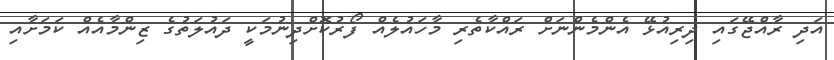
އަދި ރާއްޖޭގައި ދިރިއުޅޭ އެންމެންނަށް ރައްކާތެރި މާހައުލެއް ފޯރުކޮށްދިނުމަކީ ދައުލަތުގެ ޒިންމާއެއް ކަމަށާއި